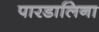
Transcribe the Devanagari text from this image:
पारडालिना